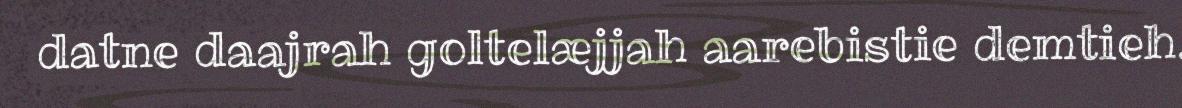
datne daajrah goltelæjjah aarebistie demtieh.